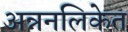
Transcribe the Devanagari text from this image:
अन्ननलिकेत